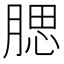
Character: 腮